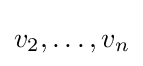
v_{2},\ldots ,v_{n}